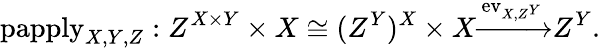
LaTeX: \mathrm{papply}_{X,Y,Z}:Z^{X\times Y}\times X\cong(Z^{Y})^{X}\times X{\xrightarrow{\mathrm{ev}_{X,Z^{Y}}}}Z^{Y}.